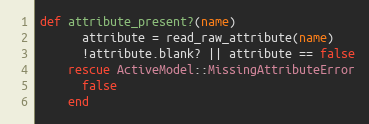
Language: Ruby
def attribute_present?(name)
      attribute = read_raw_attribute(name)
      !attribute.blank? || attribute == false
    rescue ActiveModel::MissingAttributeError
      false
    end